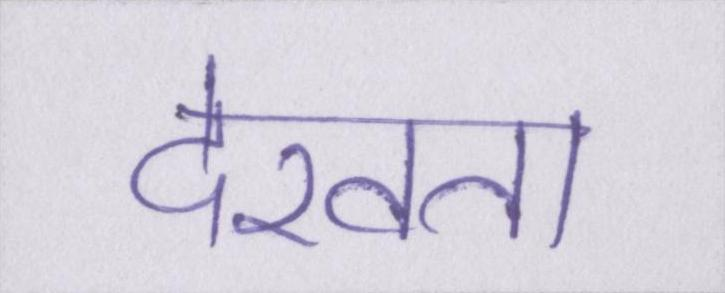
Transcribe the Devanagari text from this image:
देखता